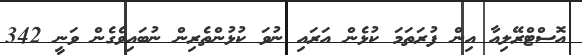
އޮސްްޓްރޭލިއާ އިން ފުރަތަމަ ކުޅެން އަރައި ނުވަ ކުޅުންތެރިން ނުބައިވެެގެން ވަނީ 342